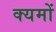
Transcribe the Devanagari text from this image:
क्यमों